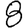
Digit: 8